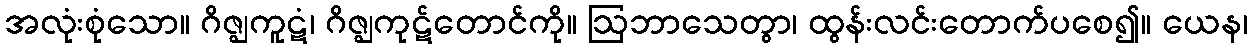
အလုံးစုံသော။ ဂိဇ္ဈကူဋံ၊ ဂိဇ္ဈကုဋ်တောင်ကို။ ဩဘာသေတွာ၊ ထွန်းလင်းတောက်ပစေ၍။ ယေန၊